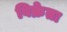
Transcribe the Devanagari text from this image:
बिक्रेता